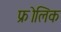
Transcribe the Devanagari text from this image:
फ्रोलिक